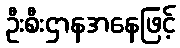
ဦးစီးဌာနအနေဖြင့်